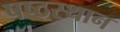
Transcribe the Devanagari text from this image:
षष्ठस्थान